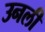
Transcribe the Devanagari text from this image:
उनली